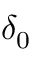
\delta _ { 0 }